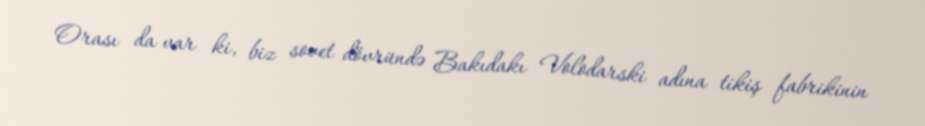
Orası da var ki, biz sovet dövründə Bakıdakı Volodarski adına tikiş fabrikinin